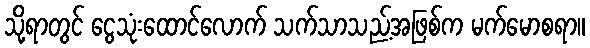
သို့ရာတွင် ငွေသုံးထောင်လောက် သက်သာသည့်အဖြစ်က မက်မောစရာ။